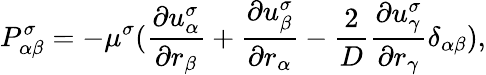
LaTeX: P_{\alpha\beta}^{\sigma}=-\mu^{\sigma}(\frac{\partial u_{\alpha}^{\sigma}}{\partial r_{\beta}}+\frac{\partial u_{\beta}^{\sigma}}{\partial r_{\alpha}}-\frac{2}{D}\frac{\partial u_{\gamma}^{\sigma}}{\partial r_{\gamma}}\delta_{\alpha\beta}),